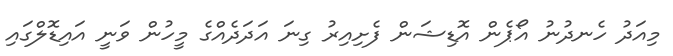
މިއަދު ހެނދުނު އޯޕެން އޮޑިޝަން ފެށިއިރު ގިނަ އަދަދެއްގެ މީހުން ވަނީ އައިޑޮލްގައި